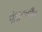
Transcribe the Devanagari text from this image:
कुंटुबातील